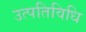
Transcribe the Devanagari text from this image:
उत्पतिविधि